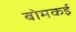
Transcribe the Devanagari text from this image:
बोमकई